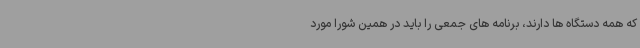
که همه دستگاه ها دارند، برنامه های جمعی را باید در همین شورا مورد